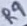
Text: R9